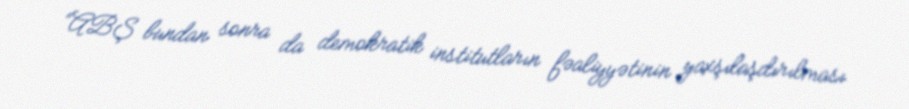
“ABŞ bundan sonra da demokratik institutların fəaliyyətinin yaxşılaşdırılması